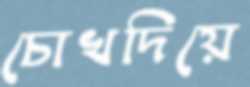
চোখদিয়ে